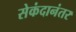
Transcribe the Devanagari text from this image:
सेकंदानंतर